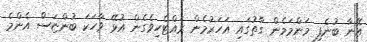
އޭނާ ބުނެފި މަންމަމެން ގާތުގައި އަހަރުމެން ރައްޓެހިވެގެން އުޅޭ ވާހަކަ ބުންޏަސް އެންމެ